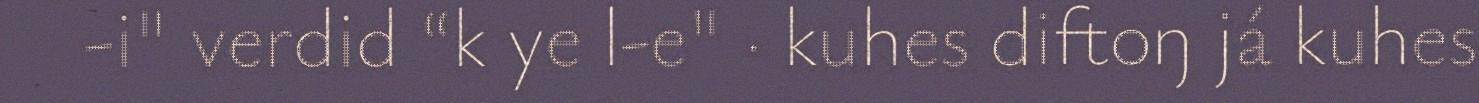
-i" verdid “k ye l-e" · kuhes diftoŋ já kuhes